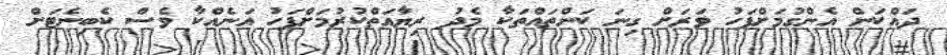
ދައްކަން އެންގުމަށްފަހު ވަރަށް ގިނަ ކަންތައްތަކާ މެދު ރިޔާއަތްކުރުމަށްފަހު އަނެއްކާ ވެސް ކެބިނެޓަށް